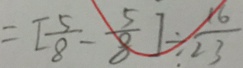
= [ \frac { 5 } { 8 } - \frac { 5 } { 8 } ] \div \frac { 1 6 } { 2 3 }